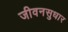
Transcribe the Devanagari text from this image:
जीवनसुधार